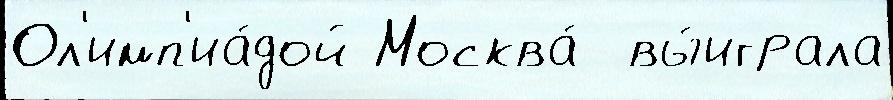
Ол'имп'иа́дой Москва́  вы́играла